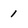
Character: 1